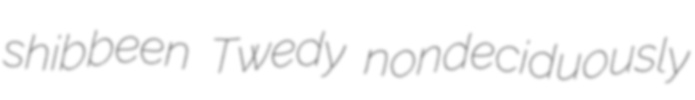
shibbeen Twedy nondeciduously